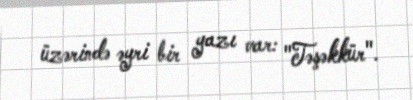
üzərində əyri bir yazı var: "Təşəkkür".